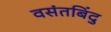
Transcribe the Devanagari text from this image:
वसंतबिंदु